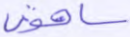
ساهون